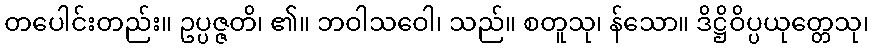
တပေါင်းတည်း။ ဥပ္ပဇ္ဇတိ၊ ၏။ ဘဝါသဝေါ၊ သည်။ စတူသု၊ န်သော။ ဒိဋ္ဌိဝိပ္ပယုတ္တေသု၊